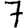
Digit: 7